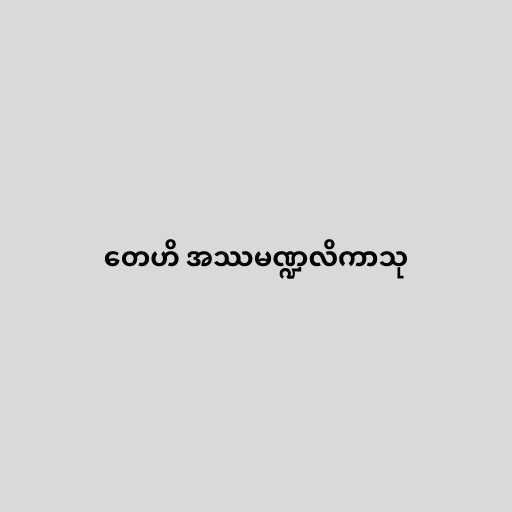
တေဟိ အဿမဏ္ဍလိကာသု